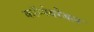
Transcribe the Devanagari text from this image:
कॉम्पेयरेबल